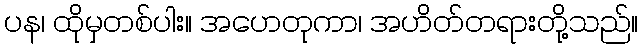
ပန၊ ထိုမှတစ်ပါး။ အဟေတုကာ၊ အဟိတ်တရားတို့သည်။